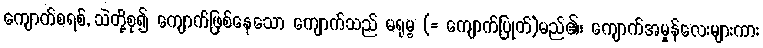
ကျောက်စရစ်, သဲတို့စု၍ ကျောက်ဖြစ်နေသော ကျောက်သည် မရုမ္ဗ (= ကျောက်ပြုတ်)မည်၏၊ ကျောက်အမှုန်လေးများကား